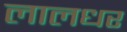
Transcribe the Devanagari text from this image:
लालधर